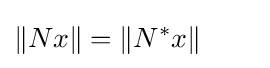
\|Nx\|=\|N^{*}x\|\qquad